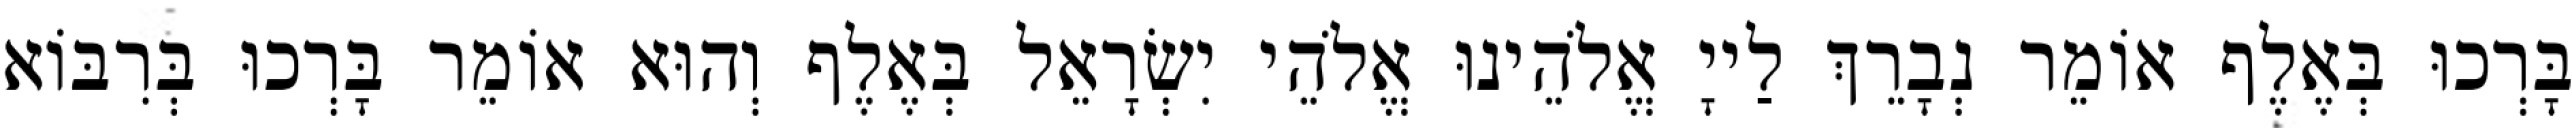
בָּרְכוּ בְּאֶלֶף אוֹמֵר נְבָרֵךְ לַייָ אֱלֹהֵינוּ אֱלֹהֵי יִשְׂרָאֵל בְּאֶלֶף וְהוּא אוֹמֵר בָּרְכוּ בְּרִבּוֹא